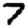
Digit: 7